Regulations for the medical services of the Army of India
Year: 1930
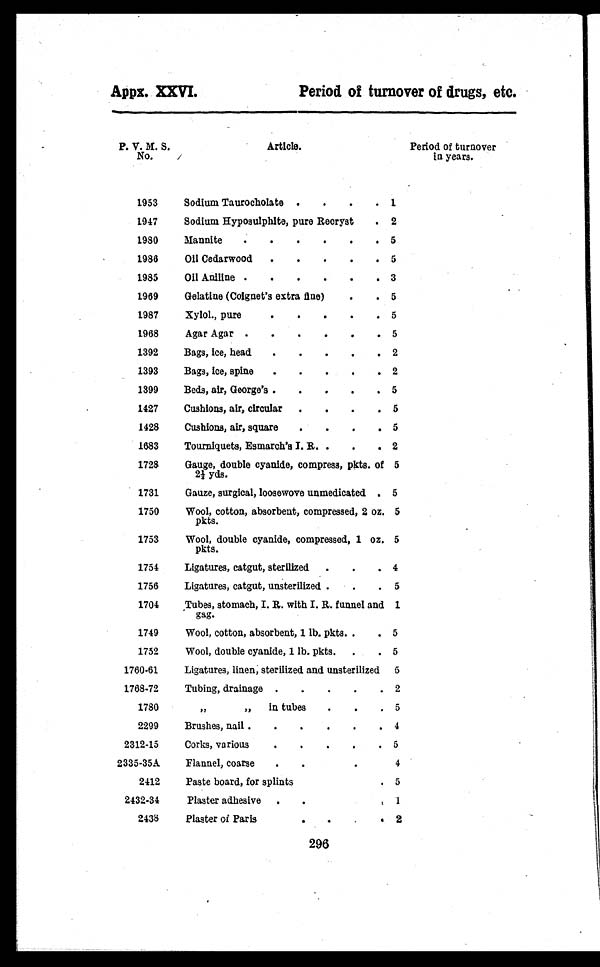
Appx. XXVI.
Period of turnover of drugs, etc.
P. V. M. S.
No.
Article.
Period of turnover
in years.
1953
Sodium Taurocholate .
.
.
. 1
1947
Sodium Hyposulphite, pure Recryst
. 2
1980
Mannite .
.
.
.
.
. 5
1986
Oil Cedarwood . . . . .
5
1985
Oil Aniline . . . . . .
3
1969
Gelatine (Coignet's extra fine)
.
. 5
1987
Xylol., pure
.
.
.
.
. 5
1968
Agar Agar .
.
.
.
.
. 5
1392
Bags, ice, head .
.
.
.
. 2
1393
Bags, ice, spine .
.
.
.
. 2
1399
Beds, air, George's .
.
.
.
. 5
1427
Cushions, air, circular .
.
.
. 5
1428
Cushions, air, square .
.
.
. 5
1683
Tourniquets, Esmarch's I. R. .
.
. 2
1728
Gauge, double cyanide, compress, pkts. of
2 1 / 2 y d s .
5
1731
Gauze, surgical, loosewove unmedicated . 5
1750
Wool, cotton, absorbent, compressed, 2 oz.
pkts.
5
1753
Wool, double cyanide, compressed, 1 oz.
pkts.
5
1754
Ligatures, catgut, sterilized .
.
. 4
1756
Ligatures, catgut, unsterilized .
. . 5
1704
Tubes, stomach, I. R. with I. R. funnel and
gag.
1
1749
Wool, cotton, absorbent, 1 lb. pkts. .
. 5
1752
Wool, double cyanide, 1 lb. pkts. .
. 5
1760-61
Ligatures, linen, sterilized and unsterilized 5
1768-72
Tubing, drainage .
.
.
.
. 2
1780
,,
„ in tubes .
.
. 5
2299
Brushes, nail .
.
.
.
.
. 4
2312-15
Corks, various
.
. . . .
5
2335-35A
Flannel, coarse .
.
.
4
2412
Paste board, for splints
. 5
2432-34
Plaster adhesive . . . ,
1
2438
Plaster of Paris
.
.
.
. 2
296